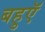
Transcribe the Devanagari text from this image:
बहुएॅ